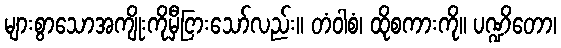
များစွာသောအကျိုးကိုမှီငြားသော်လည်း။ တံဝါစံ၊ ထိုစကားကို။ ပဏ္ဍိတော၊